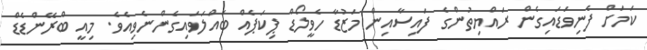
ކަމަށް ފެނިވަޑައިގެން ރައްޔިތުންގެ ފައިސާއިން މަޒުޑާ ހެވީލޯޑް ޕިކަޕެއް ބައްލަވައިގެންނެވިއެވެ. މިއީ ބްރޭންޑެޑް